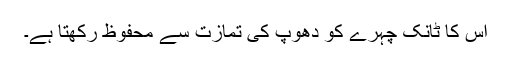
اس کا ٹانک چہرے کو دھوپ کی تمازت سے محفوظ رکھتا ہے۔